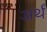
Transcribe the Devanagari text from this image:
अर्थं